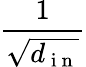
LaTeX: \frac{1}{\sqrt{d_{\mathrm{~i~n~}}}}